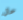
حال